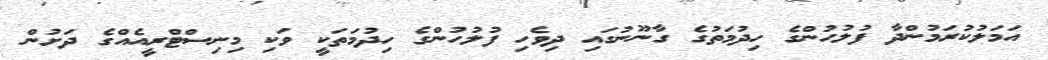
އަމަލުކުރަމުންދާ ފުލުހުންގެ ހިދުމަތުގެ ގާނޫނުގައި ދިވެހި ފުލުހުންގެ ހިދުމަތަކީ ވަކި މިނިސްޓްރީއެއްގެ ދަށުން